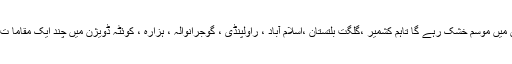
1مارچ 2014ء)آئندہ چوبیس گھنٹوں کے دوران ملک کے بیشتر میدانی علاقوں میں موسم خشک رہے گا تاہم کشمیر ،گلگت بلتستان ،اسلام آباد ، راولپنڈی ، گوجرانوالہ ، ہزارہ ، کوئٹہ ڈویژن میں چند ایک مقاما ت پر گرج چمک کے ساتھ مزید بارش اورپہاڑوں پر ہلکی برفباری کی توقع ہے۔